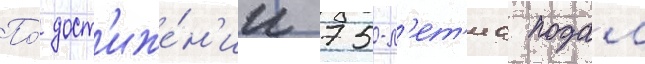
По́ дост'иже́н'ии 75-л'ет'иа подал